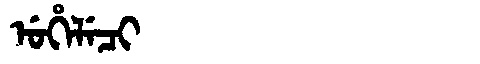
Manchu: ᡠᡥᡝᠯᡝᠴᡳ
Romanization: UHELECI